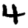
Digit: 4